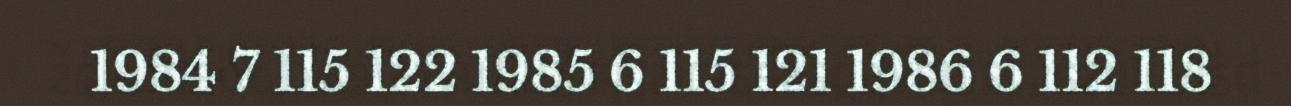
1984 7 115 122 1985 6 115 121 1986 6 112 118